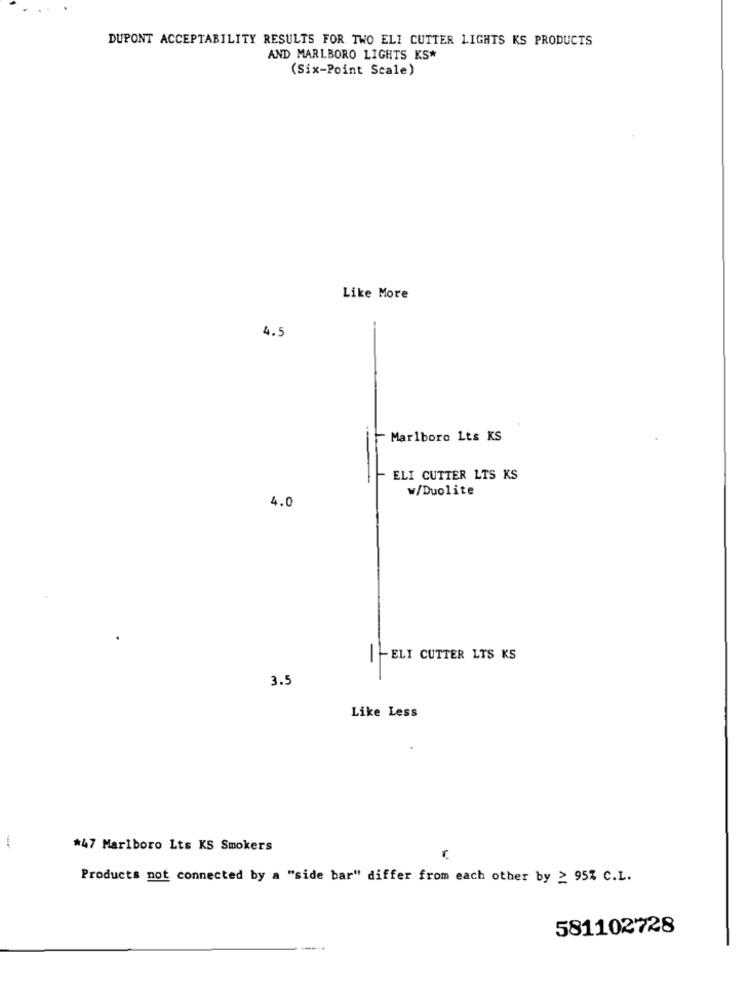
DUPONT ACCEPTABILITY RESULTS FOR TWO ELI CUTTER LIGHTS KS PRODUCTS
AND MARLBORO LIGHTS KS*
(Six-Point Scale)
Like More
4.5
Marlboro Lts KS
ELI CUTTER LTS KS
w/Duolite
4.0
-ELI CUTTER LTS KS
3.5
Like Less
-
*47 Marlboro Lts KS Smokers
r.
Products not connected by a "side bar" differ from each other by > 95% C.L.
581102728